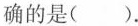
确的是（）.